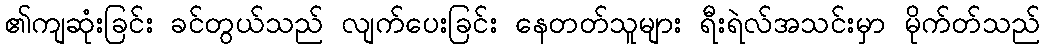
၏ကျဆုံးခြင်း ခင်တွယ်သည် လျက်ပေးခြင်း နေတတ်သူများ ရီးရဲလ်အသင်းမှာ မိုက်တ်သည်